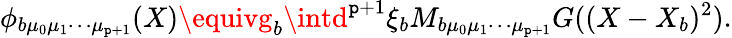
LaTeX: \phi_{b\mu_{0}\mu_{1}\cdots\mu_{\mathtt{p}+1}}(X)\equivg_{b}\intd^{\mathtt{p}+1}\xi_{b}M_{b\mu_{0}\mu_{1}\cdots\mu_{\mathtt{p}+1}}G((X-X_{b})^{2}).